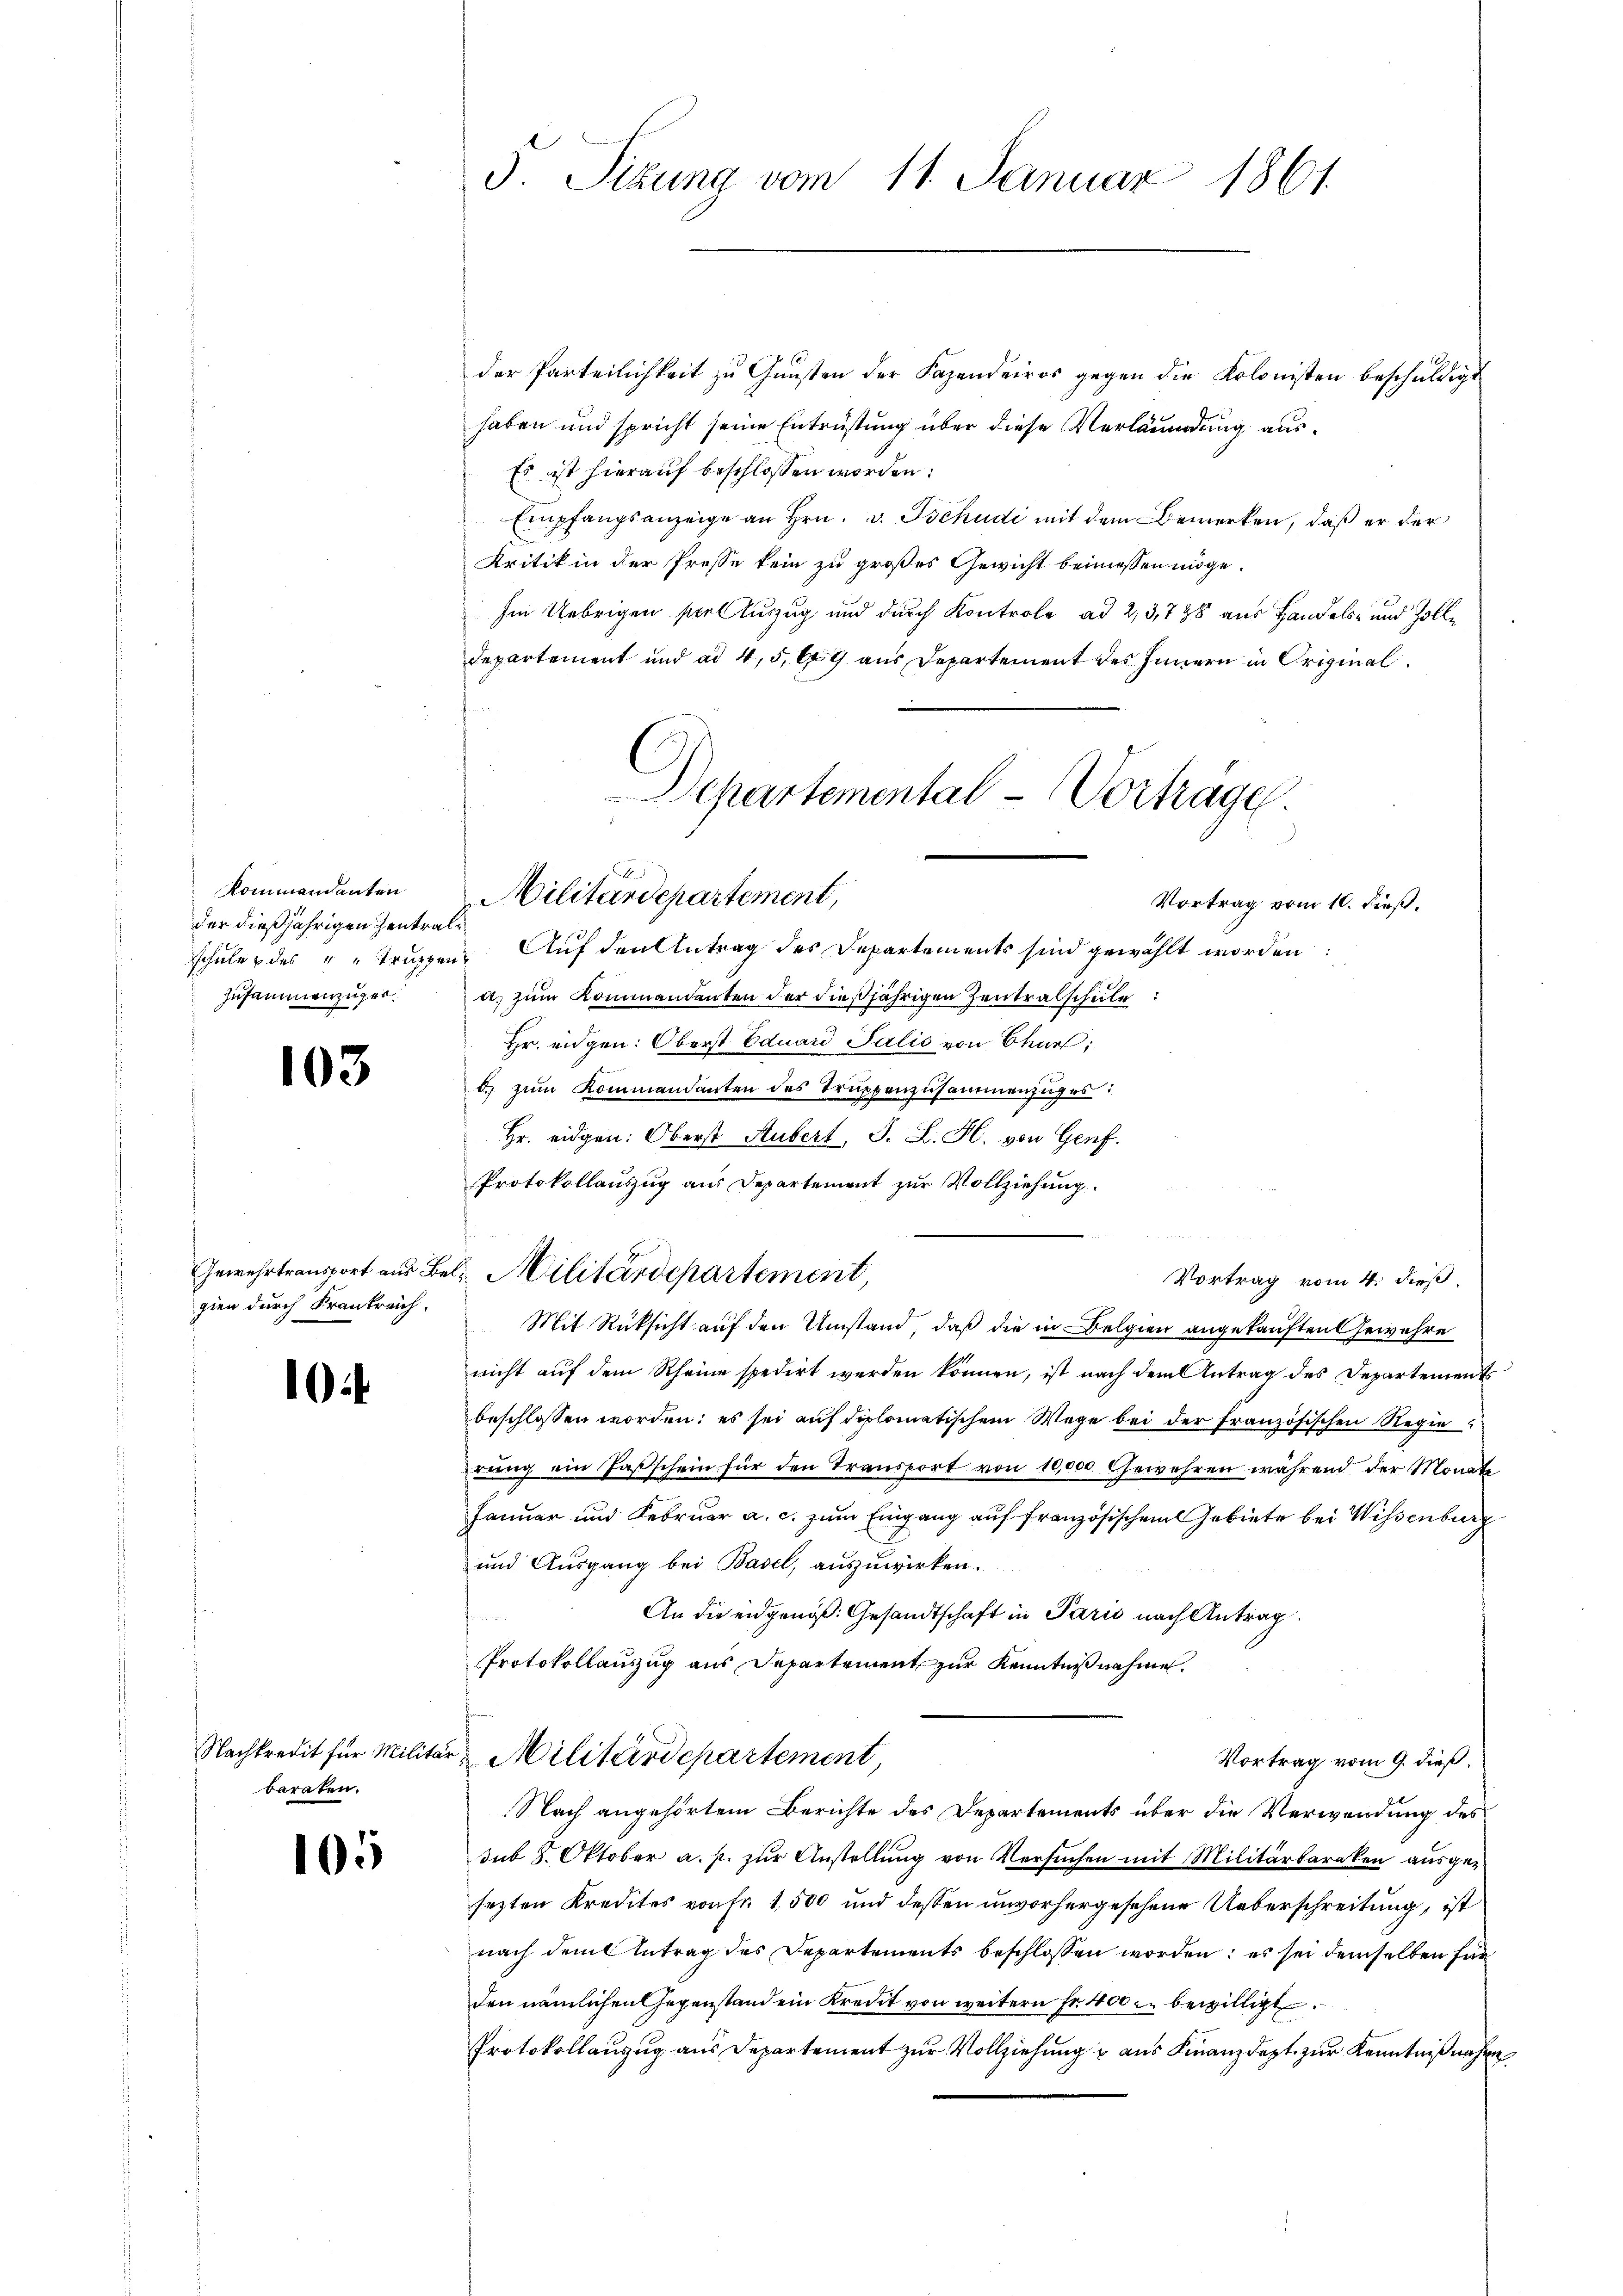
Kommandanten
der dießjährigen Zentral¬
Zusammenzüger¬

103

gien durch Frankreich.

1

baraten.

105

d. Sitzung vom 11. Januar 1861.

der Parteilichkeit zu Gunsten der Fazenderos gegen die Kolonisten beschuldige
haben und spricht seine Entrüstung über diese Verläumdung aus¬
Es ist hierauf beschlossen worden.
Empfangsanzeige an Hrn. v. Tschudi mit dem Bemerken, daß er der
Kritik in der Presse kein zu großes Gewicht beimessen möge.
Im Uebrigen seel Auszug und durch Kontrole ad 2, 3,788 aus Handels- und Zolldepartement und ad 4, 5, 69 aus Departement des Innern in Original¬
Departemental - Vortrage.
Militärdepartement,
Vortrag vom 10. dieß,
schule des " " Truppen. Auf den Antrag des Departements sind gewählt worden.
a. zum Kommandanten der dießjährigen Zentralschule:
Hr. eidgen: Oberst Eduard Salis von Chur,
d) zum Kommandanten des Truppenzusammenzuges:
Hr. eidgen: Oberst Hubert, S. L. H. von Genf.
Protokollauszug aus Departement zur Vollziehung.

fin
Gewehrtransport aus Bel Militärdepartement,

Mit Rücksicht auf den Umstand, daß die in Belgien angekauften Gewehre
nicht auf dem Rheine spedirt werden können, ist nach dem Antrag des Departement
beschlossen worden; es sei auf diplomatischem Wege bei der französischen Regieerung ein Passchein für den Transport von 1000 Gewehren während der Monate
Januar und Februar a. c. zum Eingang auf französischen Gebiete bei Wissenburg
und Ausgang bei Basel, auszuwirken.
An die eidgenöß: Gesandtschaft in Paris nach Antrag
Protokollanzug aus Departement zur Kenntnißnahme.
Nachkredit für Militär-Militärdepartement
Vortrag vom 9. dieß.
Nach angehörtem Berichte des Departements über die Verwendung des
sub 8. Oktober a. p. zur Anstellung von Versuchen mit Militärbaraken ausgesezten Kredites von Fr. 1,500 und dessen unvorhergesehene Ueberschreitung, ist
nach dem Antrag des Departements beschlossen worden; es sei demselben für
den nämlichen Gegenstand ein Kredit von weitern Fr. 400 bewilligt.
Protokollauzug aus Departement zur Vollziehung u aus Finanzdept zur Kenntnißnahme

Vortrag vom 4. dieß.